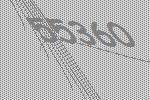
55360